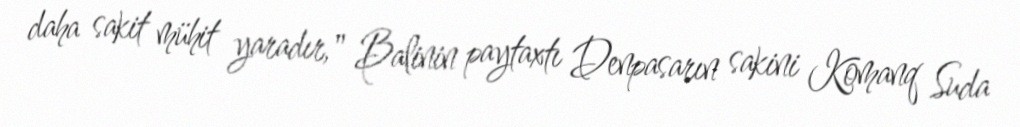
daha sakit mühit yaradır," Balinin paytaxtı Denpasarın sakini Komanq Suda